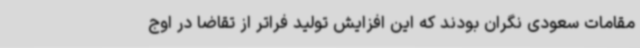
مقامات سعودی نگران بودند که این افزایش تولید فراتر از تقاضا در اوج